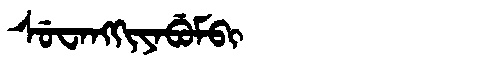
Manchu: ᠰᡠᠸᠠᠩᡴᡳᠶᠠᠪᡠᠮᠪᡳ
Romanization: SUWANGKIYABUMBI